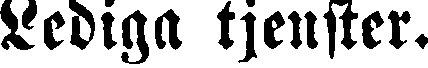
Lediga tjenster.